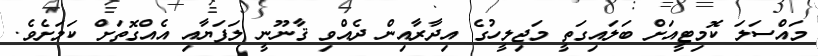
މައްސަލަ ކޮމިޓީއަށް ބަލައިގަތީ މަޖިލީހުގެ އިދާރާއިން ދެއްވި ޤާނޫނީ ލަފަޔާއި އެއްގޮތަށް ކަމަށެވެ.